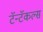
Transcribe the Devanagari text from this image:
टॅन्टॅकल्स